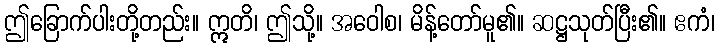
ဤခြောက်ပါးတို့တည်း။ ဣတိ၊ ဤသို့။ အဝေါစ၊ မိန့်တော်မူ၏။ ဆဋ္ဌသုတ်ပြီး၏။ ဧကံ၊